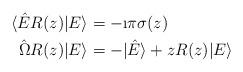
LaTeX: \begin{align*}\langle \hat{E}R(z)|E\rangle &= -\i \pi\sigma(z)\\\hat{\Omega}R(z)|E\rangle & =-|\hat{E}\rangle +zR(z)|E\rangle\end{align*}